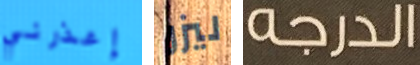
إعذرني ليزر الدرجه